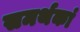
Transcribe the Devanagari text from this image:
समर्थकां